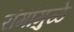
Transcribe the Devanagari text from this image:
रांगांमुळे